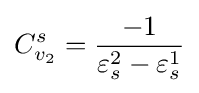
C_{v_{2}}^{s}={\frac {-1}{\varepsilon _{s}^{2}-\varepsilon _{s}^{1}}}